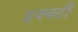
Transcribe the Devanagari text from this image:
इक्क्ठी